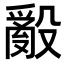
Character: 𭯁